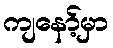
ကျနော့်မှာ